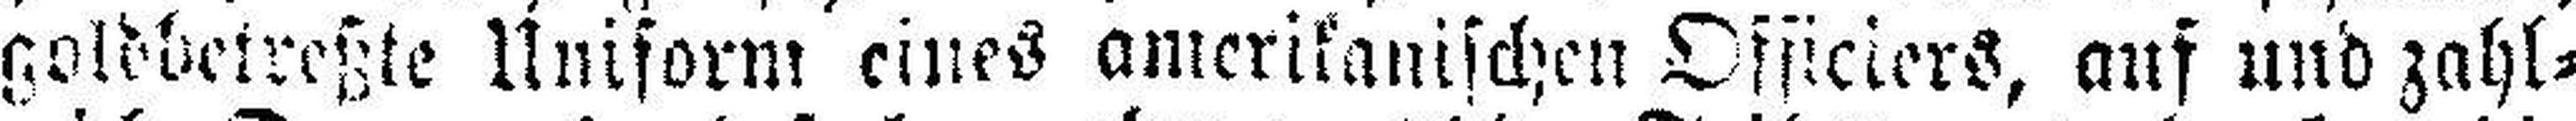
goldbetreßte Uniform eines amerikanischen Officiers, auf und zahl¬